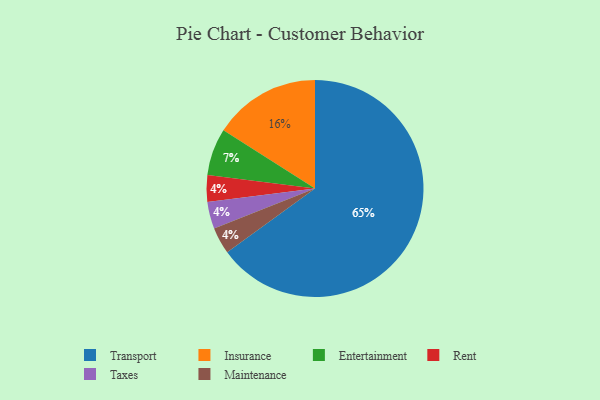
{"axis": {"x": "Category", "y": "Percentage"}, "legend": ["Entertainment", "Insurance", "Maintenance", "Rent", "Taxes", "Transport"], "data": [{"x": "Rent", "y": 4, "type": "Rent"}, {"x": "Entertainment", "y": 7, "type": "Entertainment"}, {"x": "Insurance", "y": 16, "type": "Insurance"}, {"x": "Taxes", "y": 4, "type": "Taxes"}, {"x": "Transport", "y": 65, "type": "Transport"}, {"x": "Maintenance", "y": 4, "type": "Maintenance"}]}